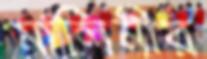
মালিনীর